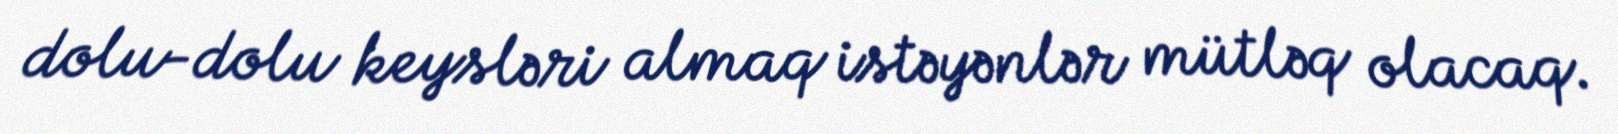
dolu-dolu keysləri almaq istəyənlər mütləq olacaq.